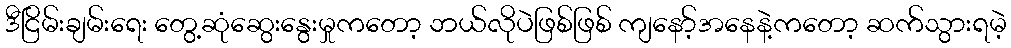
ဒီငြိမ်းချမ်းရေး တွေ့ဆုံဆွေးနွေးမှုကတော့ ဘယ်လိုပဲဖြစ်ဖြစ် ကျနော့်အနေနဲ့ကတော့ ဆက်သွားရမဲ့